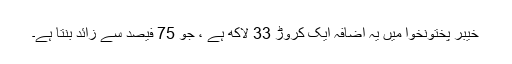
خیبر پختونخوا میں یہ اضافہ ایک کروڑ 33 لاکھ ہے ، جو 75 فیصد سے زائد بنتا ہے۔